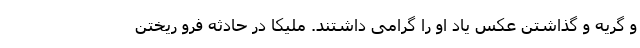
و گریه و گذاشتن عکس یاد او را گرامی داشتند. ملیکا در حادثه فرو ریختن